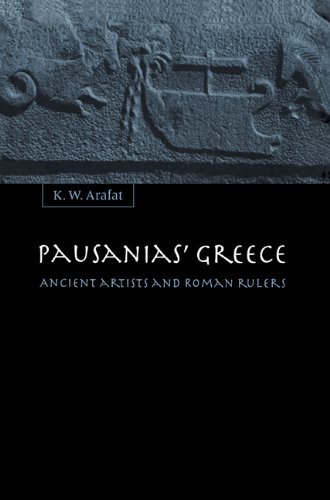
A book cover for Pausanias' Greece: Ancient Artists and Roman Rulers; K. W. Arafat; History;